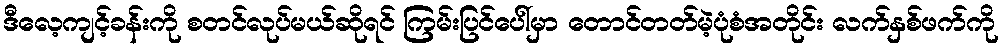
ဒီလေ့ကျင့်ခန်းကို စတင်လုပ်မယ်ဆိုရင် ကြမ်းပြင်ပေါ်မှာ တောင်တတ်မဲ့ပုံစံအတိုင်း လက်နှစ်ဖက်ကို